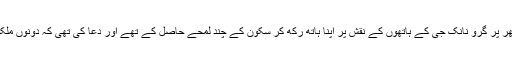
یہ وہی پاکستان ہے جب میں نے ایک پتھر پر گرو نانک جی کے ہاتھوں کے نقش پر اپنا ہاتھ رکھ کر سکون کے چند لمحے حاصل کے تھے اور دعا کی تھی کہ دونوں ملکوں کے لیڈروں کو فہم و فراست عطا ہو۔